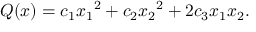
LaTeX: Q ( x ) = c _ { 1 } { x _ { 1 } } ^ { 2 } + c _ { 2 } { x _ { 2 } } ^ { 2 } + 2 c _ { 3 } x _ { 1 } x _ { 2 } .